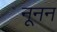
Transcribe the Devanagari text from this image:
नूनन